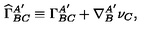
{ \widehat \Gamma } _ { B C } ^ { A ^ { \prime } } \equiv \Gamma _ { B C } ^ { A ^ { \prime } } + \nabla _ { B } ^ { A ^ { \prime } } \nu _ { C } ,